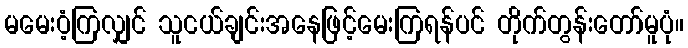
မမေးဝံ့ကြလျှင် သူငယ်ချင်းအနေဖြင့်မေးကြရန်ပင် တိုက်တွန်းတော်မူပုံ။